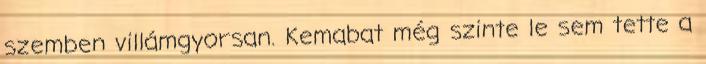
szemben villámgyorsan. Kemabat még szinte le sem tette a